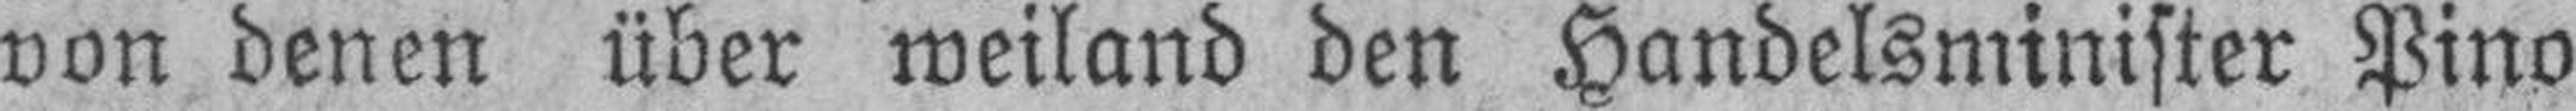
von denen über weiland den Handelsminister Pino